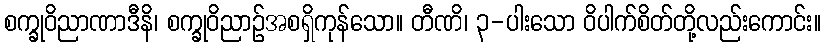
စက္ခုဝိညာဏာဒီနိ၊ စက္ခုဝိညာဉ်အစရှိကုန်သော။ တီဏိ၊ ၃-ပါးသော ဝိပါက်စိတ်တို့လည်းကောင်း။